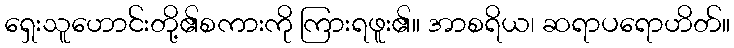
ရှေးသူဟောင်းတို့၏စကားကို ကြားရဖူး၏။ အာစရိယ၊ ဆရာပရောဟိတ်။